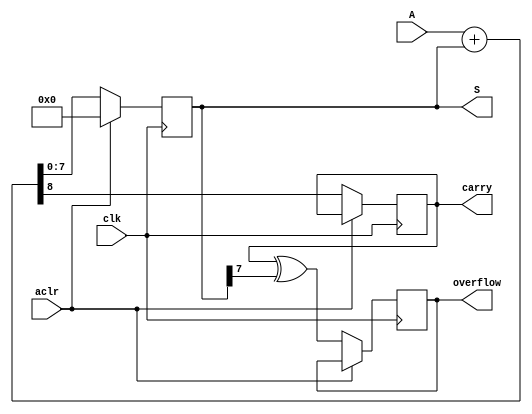
module accum_N_bits(
	input [N-1:0] A,
	input clk, aclr,
	output reg [N-1:0] S,
	output reg carry, 
	output reg overflow);
	
	parameter N = 8;
	
	always @(posedge clk) begin
		if (aclr)
			S = {N{1'b0}};
		else begin
			{carry, S} <= A + S;
			overflow <= carry ^ S[N-1];
		end	
	end

endmodule